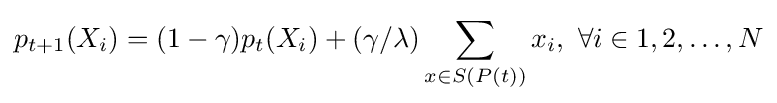
p_{t+1}(X_{i})=(1-\gamma )p_{t}(X_{i})+(\gamma /\lambda )\sum _{x\in S(P(t))}x_{i},~\forall i\in 1,2,\dots ,N